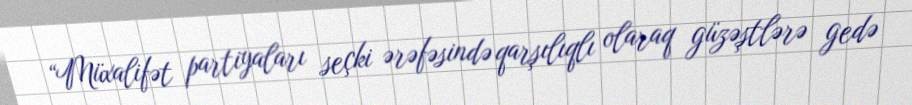
“Müxalifət partiyaları seçki ərəfəsində qarşılıqlı olaraq güzəştlərə gedə